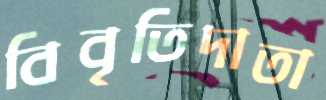
বিবৃতিদাতা